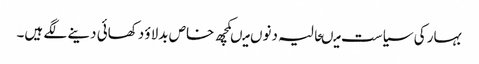
بہار کی سیاست میںحالیہ دنوں میںکچھ خاص بدلاؤ دکھائی دینے لگے ہیں۔